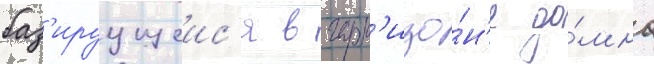
баз'ируущеис'я в гарн'изо́н'е до́мна